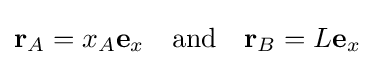
\mathbf {r} _{A}=x_{A}\mathbf {e} _{x}\quad {\text{and}}\quad \mathbf {r} _{B}=L\mathbf {e} _{x}